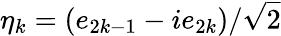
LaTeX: \eta_{k}=\left(e_{2k-1}-ie_{2k}\right)/{\sqrt{2}}